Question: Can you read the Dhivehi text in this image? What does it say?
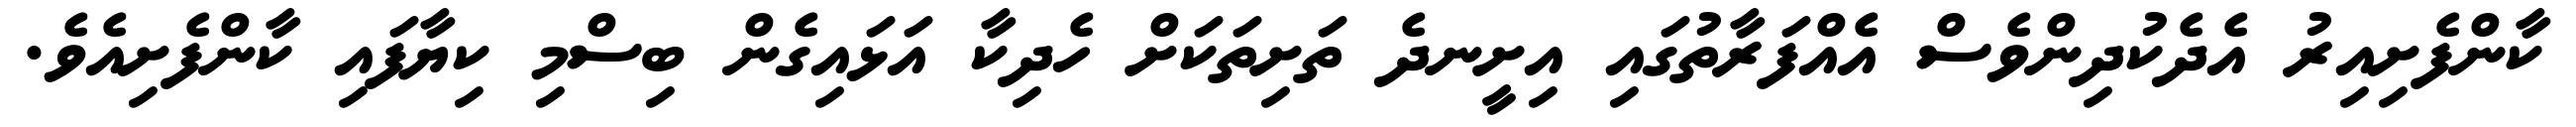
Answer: ކާންފެށިއިރު އެދެކުދިންވެސް އެއްފަރާތުގައި އިށީނދެ ތަށިތަކަށް ހެދިކާ އަޅައިގެން ބިސްމި ކިޔާފައި ކާންފެށިއެވެ.